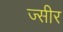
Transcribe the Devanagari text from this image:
ज्सीर